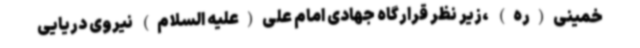
خمینی(ره) ،زیر نظر قرارگاه جهادی امام علی(علیه السلام) نیروی دریایی